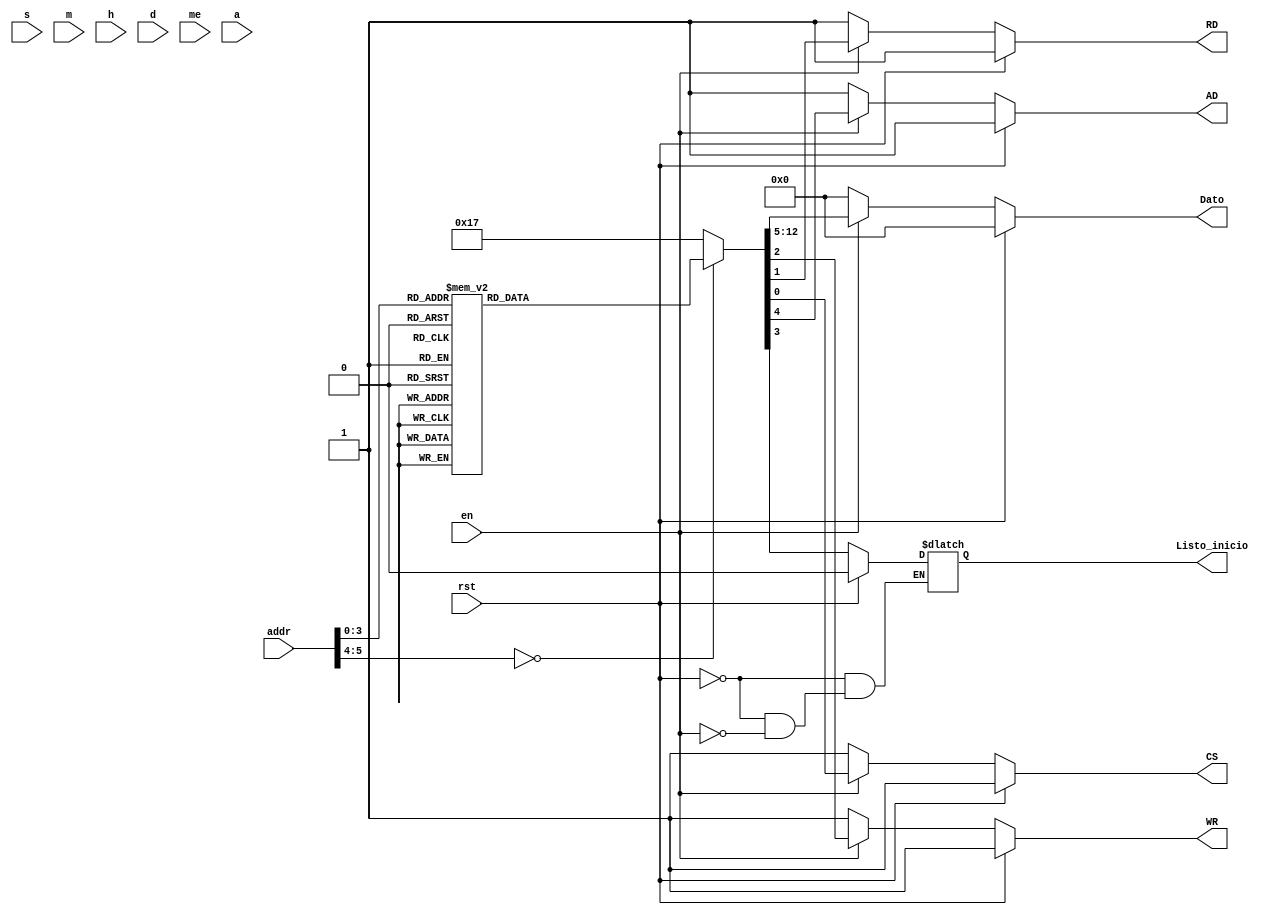
`timescale 1ns / 1ps

module Memoria_Inicializacion(
	input [5:0] addr,
	input [7:0] s,m,h,d,me,a,
	input en,rst,
	output reg AD,CS,RD,WR,Listo_inicio,
	output reg [7:0] Dato);

always @* 
	begin
	if(rst)begin AD=1;CS=1;RD=1;WR=1;Dato=8'b0;Listo_inicio=0; end
	else begin
	if(en==1)begin
	AD=1; CS=1; RD=1; WR=1; Dato=0;Listo_inicio=0;
	case (addr)
	//Inicializacin
	6'd1: begin AD=0; Dato=0; end
	6'd2: begin AD=0; CS=0; RD=1; WR=0; Dato=8'h02;end
	6'd3: begin Dato=8'h02; end
	6'd4: begin AD=1; CS=0; RD=1; WR=0; Dato[4]=1;end
	6'd5: begin Dato[4]=1;end
	6'd6: begin AD=1; CS=0; RD=1; WR=0; Dato[4]=0;end
	6'd7: begin Dato[4]=0;end
	6'd8: begin AD=0; Dato=0;end
	6'd9: begin AD=0; CS=0; RD=1; WR=0; Dato=8'h10;end
	6'd10: begin Dato=8'h10;end
	6'd11: begin AD=1; CS=0; RD=1; WR=0; Dato=8'hd2;end
	6'd12: begin Dato=8'hd2; Listo_inicio=1; end
	endcase
	end
	else begin AD=1;CS=1;RD=1;WR=1;Dato=8'b0; end
	end
	end
endmodule